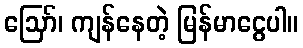
ဪ၊ ကျန်နေတဲ့ မြန်မာငွေပါ။